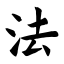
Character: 法